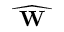
\widehat { \textbf { W } }